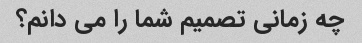
چه زمانی تصمیم شما را می دانم؟